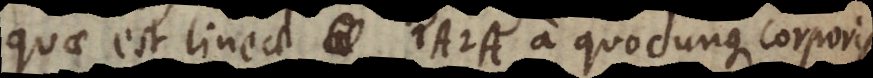
quae est lineae A A a quocunque corporis